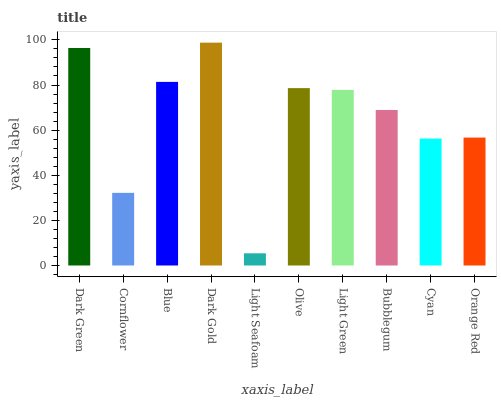
| xaxis_label | bars |
 | --- | --- |
 | Dark Green | 96.4 |
 | Cornflower | 32.2 |
 | Blue | 81.4 |
 | Dark Gold | 98.8 |
 | Light Seafoam | 5.4 |
 | Olive | 78.6 |
 | Light Green | 77.8 |
 | Bubblegum | 68.9 |
 | Cyan | 56.3 |
 | Orange Red | 56.7 |